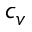
c _ { v }